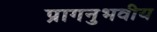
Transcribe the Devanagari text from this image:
प्रागनुभवीय